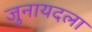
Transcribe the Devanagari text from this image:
जुनायदला